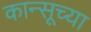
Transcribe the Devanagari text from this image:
कान्सूच्या